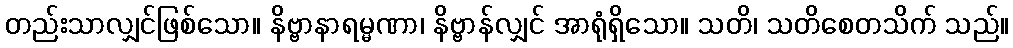
တည်းသာလျှင်ဖြစ်သော။ နိဗ္ဗာနာရမ္မဏာ၊ နိဗ္ဗာန်လျှင် အာရုံရှိသော။ သတိ၊ သတိစေတသိက် သည်။